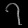
Digit: ၇